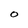
Character: O